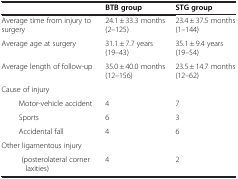
<table><thead><tr><td><b> </b></td><td><b>BTB group</b></td><td><b>STG group</b></td></tr></thead><tbody><tr><td>Average time from injury to surgery</td><td>24.1 ± 33.3 months (2–125)</td><td>23.4 ± 37.5 months (1–144)</td></tr><tr><td>Average age at surgery</td><td>31.1 ± 7.7 years(19–43)</td><td>35.1 ± 9.4 years(19–54)</td></tr><tr><td>Average length of follow-up</td><td>35.0 ± 40.0 months (12–156)</td><td>23.5 ± 14.7 months (12–62)</td></tr><tr><td colspan="3">Cause of injury</td></tr><tr><td>Motor-vehicle accident</td><td>4</td><td>7</td></tr><tr><td>Sports</td><td>6</td><td>3</td></tr><tr><td>Accidental fall</td><td>4</td><td>6</td></tr><tr><td colspan="3">Other ligamentous injury</td></tr><tr><td>(posterolateral cornerlaxities)</td><td>4</td><td>2</td></tr></tbody></table>